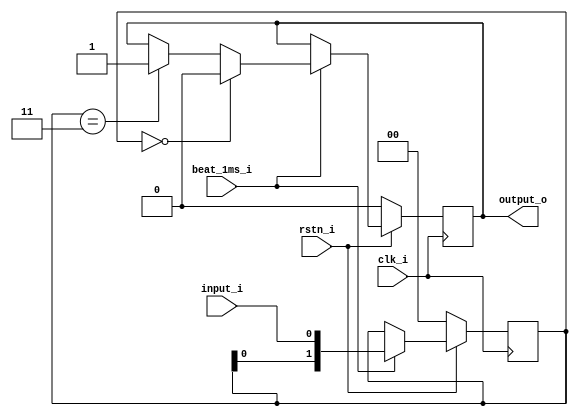
// This program was cloned from: https://github.com/mbalestrini/tt06_usb_cdc_devices
// License: Apache License 2.0

`default_nettype none

module input_debouncer #(
    parameter DEBOUNCE_HIST = 2
)(
    input wire clk_i,
    input wire rstn_i,
    input wire beat_1ms_i,
    input wire input_i,
    output reg output_o
);

reg [DEBOUNCE_HIST-1:0] history;


always @(posedge clk_i) begin
    if(~rstn_i) begin
        history <= {DEBOUNCE_HIST{1'b0}};
        output_o <= 0;
    end else begin
        if(beat_1ms_i) begin            
            if(history=={DEBOUNCE_HIST{1'b0}}) 
                output_o <= 0;
            else if(history=={DEBOUNCE_HIST{1'b1}}) 
                output_o <= 1;
            history <= {history[DEBOUNCE_HIST-2:0], input_i};
        end
    end    
end

endmodule